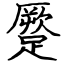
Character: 蹷